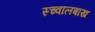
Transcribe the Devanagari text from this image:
स्च्वालबाख